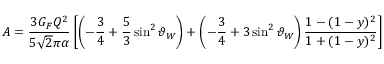
A = \frac { 3 G _ { F } Q ^ { 2 } } { 5 \sqrt 2 \pi \alpha } \left[ \left( - \frac { 3 } { 4 } + \frac { 5 } { 3 } \sin ^ { 2 } \vartheta _ { W } \right) + \left( - \frac { 3 } { 4 } + 3 \sin ^ { 2 } \vartheta _ { W } \right) \frac { 1 - ( 1 - y ) ^ { 2 } } { 1 + ( 1 - y ) ^ { 2 } } \right]